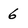
Character: 6